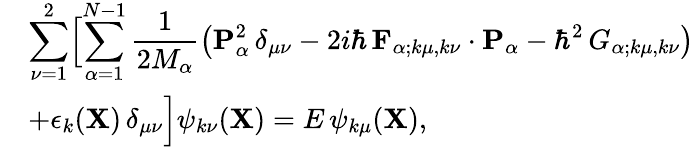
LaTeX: \begin{array}{rl}&{\displaystyle\sum_{\nu=1}^{2}\Bigl[\sum_{\alpha=1}^{N-1}\frac{1}{2M_{\alpha}}\bigl({\mathbf{P}}_{\alpha}^{2}\, \delta_{\mu\nu}-2i\hbar\, {\mathbf{F}}_{\alpha;k\mu,k\nu}\cdot{\mathbf{P}}_{\alpha}-\hbar^{2}\, G_{\alpha;k\mu,k\nu}\bigr)}\\ &{+\epsilon_{k}({\mathbf{X}})\, \delta_{\mu\nu}\Bigr]\psi_{k\nu}({\mathbf{X}})=E\, \psi_{k\mu}({\mathbf{X}}),}\end{array}